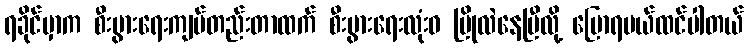
ရခိုင်မှာက စီးပွားရေးကျပ်တည်းတာထက် စီးပွားရေးလုံးဝ ပြိုလဲနေပြီလို့ ပြောရမယ်ထင်ပါတယ်